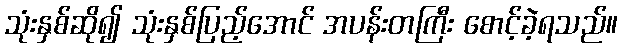
သုံးနှစ်ဆို၍ သုံးနှစ်ပြည့်အောင် အပန်းတကြီး စောင့်ခဲ့ရသည်။